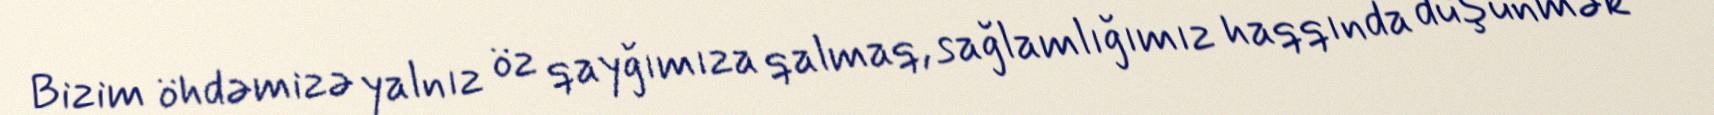
Bizim öhdəmizə yalnız öz qayğımıza qalmaq, sağlamlığımız haqqında düşünmək